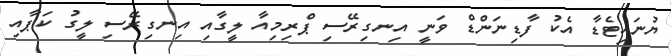
ޔުނައިޓެޑާ އެކު ފާޑިނަންޑް ވަނީ އިނގިރޭސި ޕްރިމިއާ ލީގާއި އިނގިރޭސި ލީގު ކަޕާއި